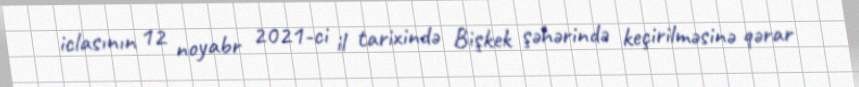
iclasının 12 noyabr 2021-ci il tarixində Bişkek şəhərində keçirilməsinə qərar